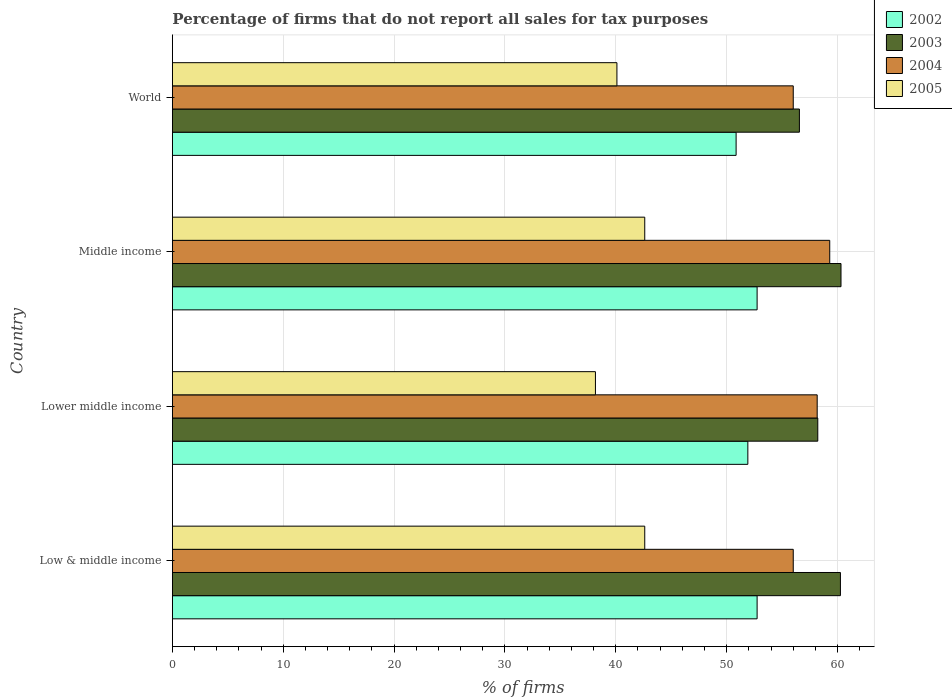
| Country | 2002 | 2003 | 2004 | 2005 |
 | --- | --- | --- | --- | --- |
 | Low & middle income | 52.7 | 60.3 | 56 | 42.6 |
 | Lower middle income | 51.9 | 58.2 | 58.2 | 38.2 |
 | Middle income | 52.7 | 60.3 | 59.3 | 42.6 |
 | World | 50.9 | 56.6 | 56 | 40.1 |